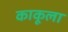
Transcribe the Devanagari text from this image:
काकूला